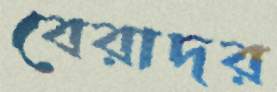
বেরাদর